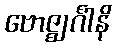
ဗောဇ္ဈင်္ဂါနိ